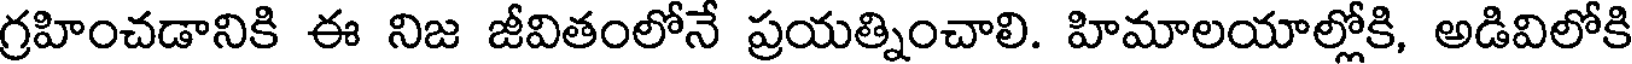
గ్రహించడానికి ఈ నిజ జీవితంలోనే ప్రయత్నించాలి. హిమాలయాల్లోకి, అడివిలోకి